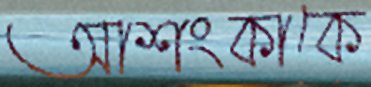
আশংকাকে